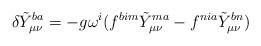
LaTeX: \begin{align*}\delta \tilde{Y}_{\mu\nu}^{ba}=-g\omega ^i(f^{bim}\tilde{Y}_{\mu\nu}^{ma}-f^{nia}\tilde{Y}_{\mu\nu}^{bn})\end{align*}